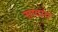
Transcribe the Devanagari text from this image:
सादाद